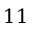
1 1